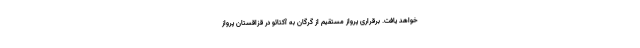
خواهد یافت. برقراری پرواز مستقیم از گرگان به آکتائو در قزاقستان پرواز